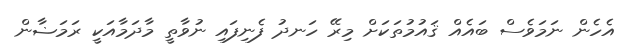
އެހެން ނަމަވެސް ބައެއް ޤައުމުތަކަށް މިރޭ ހަނދު ފެނިފައި ނުވާތީ މާދަމާއަކީ ރަމަޟާން